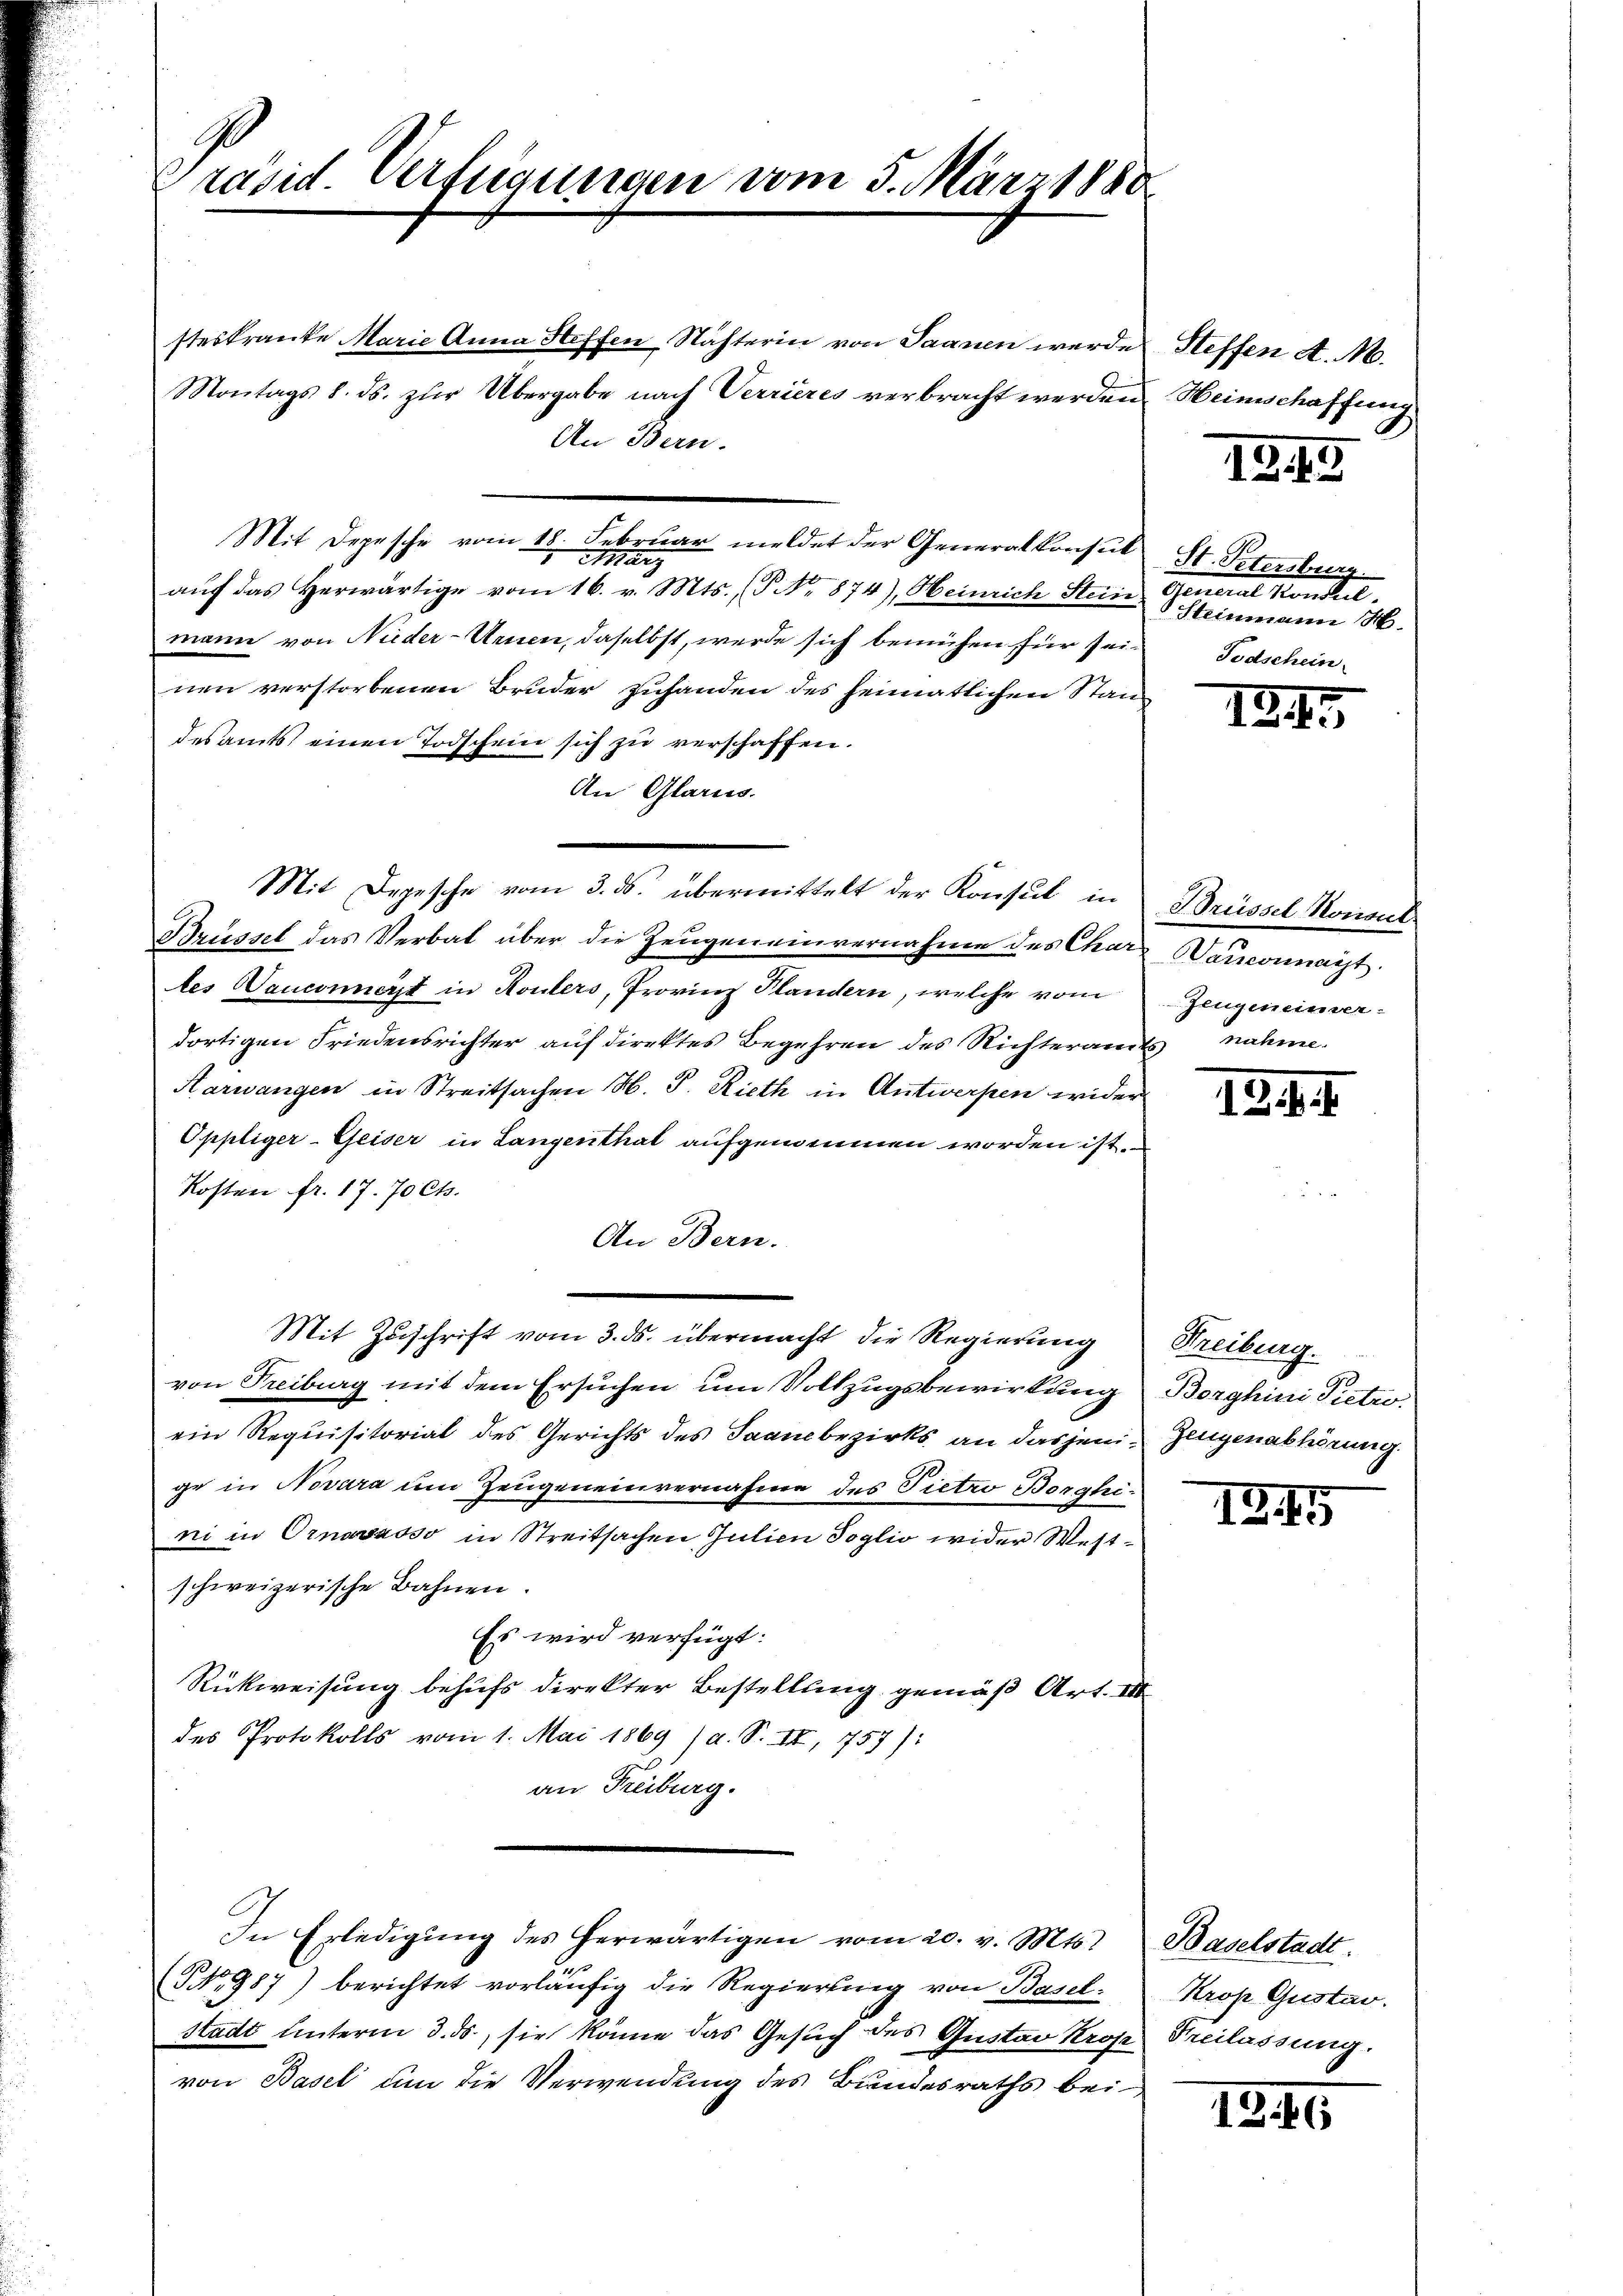
Präsid. Verfügungen vom 5. März 1880

steskranke Marie Anna Steffen Nächterin von Saanen werde
Montags 8. ds. zur Übergabe nach Verrieres verbracht werden
An Bern.
Mit Depesche vom 18. Februar meldet der Generalkonsul
Marz
aŭf das herwärtige vom 16. v. Mts. (T No 874), Heinrich Stein General Konsul
mann von Nieder-Urnen, daselbst, werde sich bemühen für sei. Todschein-
nen verstorbenen Bruder Zuhanden des heimatlichen Standesamts einen Todschein sich zu verschaffen.
An Glarus.
Brüssel das Verbat über die Zeugen einvernahme des Char-Wauconnait.
tes Vauconnerst in Koulers, Provinz Plandern, welche vom
dortigen Friedensrichter auf direktes Begehren des Richteramts nahme.
Karwangen in Streitsachen H. P. Rieth in Antwerpen wider
Oppliger-Geiser in Langenthal aufgenommen worden ist.
Kosten fr. 17. 70 Cts.
An Bern.
Mit Zuschrift vom 3. ds. übermacht die Regierung
von Freiburg mit dem Ersuchen um Vollzugsbewirkung Borghini Pietroein Requisitorial des Gerichts des Saambezirks an dasjeni-Zeugenabhörung
ge in Novara um Zeugeneinvernahme des Pietro Borghini in Ornavasso in Streitsachen Julien Soglio wider Westschweizerische Bahnen.
Es wird verfügt:
Rückweisung behufs direkter Bestellung gemäß Art. III
des Protokolls vom 1. Mai 1869 /d. S. II, 757):
an Freiburg.
In Erledigung des herwärtigen vom 20. v. Mts. Baselstadt.
(No 987) berichtet vorläufig die Regierung von Basel. Krop Gustav.
Stadt unterm 3. ds, sie könne das Gesuch des Gustav Krop Freilassung.
von Basel um die Verwendung des Bundesraths bei

Mit Depesche vom 3. ds. übermittelt der Konsul in Brüssel Nonant

Steffen d. M.
Heimschaffung

12. 19

St. Petersburg.
Steinmann H.

1247

Zeugeneinver

12. d. 1.

Streiburg.

1245

12. 16